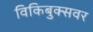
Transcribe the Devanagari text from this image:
विकिबुक्सवर